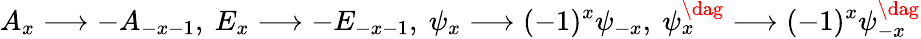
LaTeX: A_{x}\longrightarrow-A_{-x-1},\ E_{x}\longrightarrow-E_{-x-1},\ \psi_{x}\longrightarrow(-1)^{x}\psi_{-x},\ \psi_{x}^{\dag}\longrightarrow(-1)^{x}\psi_{-x}^{\dag}